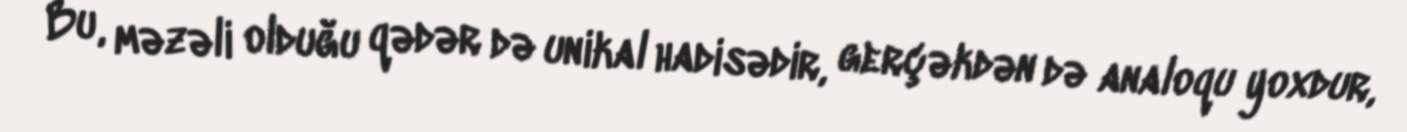
Bu, məzəli olduğu qədər də unikal hadisədir, gerçəkdən də analoqu yoxdur,